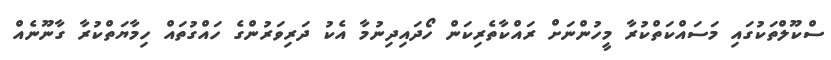
ސްކޫލްތަކުގައި މަސައްކަތްކުރާ މީހުންނަށް ރައްކާތެރިކަން ހޯދައިދިނުމާ އެކު ދަރިވަރުންގެ ހައްގުތައް ހިމާޔަތްކުރާ ގާނޫނެއް